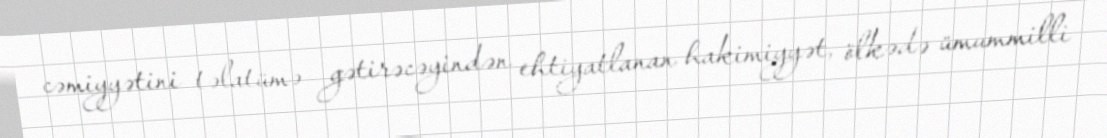
cəmiyyətini təlatümə gətirəcəyindən ehtiyatlanan hakimiyyət, ölkədə ümummilli